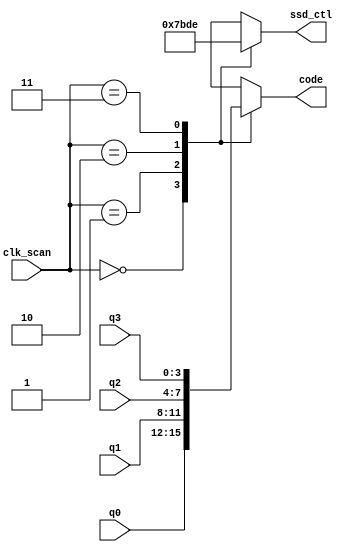
module SSD_CTL(
    input [1:0] clk_scan,
    output [3:0] code,
    output [3:0] ssd_ctl,
    input [3:0] q0,
    input [3:0] q1,
    input [3:0] q2,
    input [3:0] q3
    );
    
    reg [3:0] code, ssd_ctl;
    
    always @*
        case(clk_scan)
            2'b00:
            begin
                ssd_ctl = 4'b0111;
                code = q0;
            end
            2'b01:
            begin
                ssd_ctl = 4'b1011;
                code = q1;
            end
            2'b10:
            begin
                ssd_ctl = 4'b1101;
                code = q2;
            end
            2'b11:
            begin
                ssd_ctl = 4'b1110;
                code = q3;
            end
            
            default:
            begin
                ssd_ctl = 4'b1101;
                code = 4'b0000;
            end
        endcase
endmodule